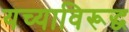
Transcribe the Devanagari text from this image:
यच्याविरूद्ध